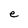
Character: e